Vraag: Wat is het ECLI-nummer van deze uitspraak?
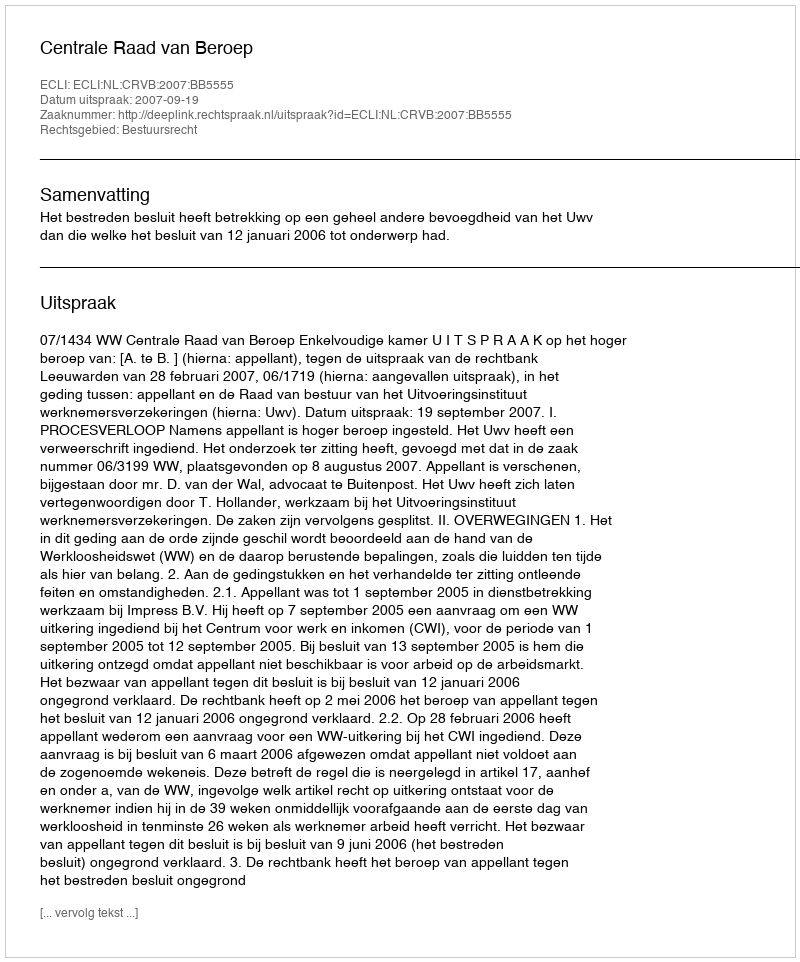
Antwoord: ECLI:NL:CRVB:2007:BB5555